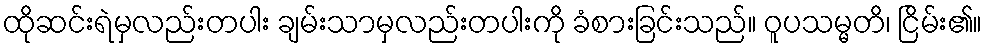
ထိုဆင်းရဲမှလည်းတပါး ချမ်းသာမှလည်းတပါးကို ခံစားခြင်းသည်။ ဝူပသမ္မတိ၊ ငြိမ်း၏။